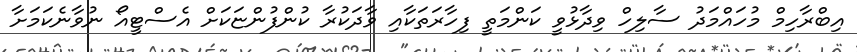
އިބްރާހިމް މުހައްމަދު ސާލިހް ވިދާޅުވީ ކަންމަތީ ފިހާރަތަަކާއި ވާދަކުރާ ކުންފުންޏަކަށް އެސްޓީއޯ ނުވާނެކަމަށާ